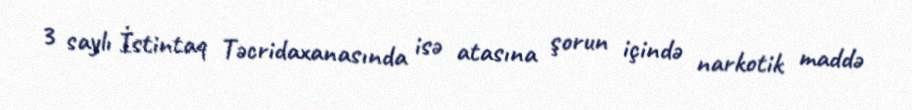
3 saylı İstintaq Təcridaxanasında isə atasına şorun içində narkotik maddə